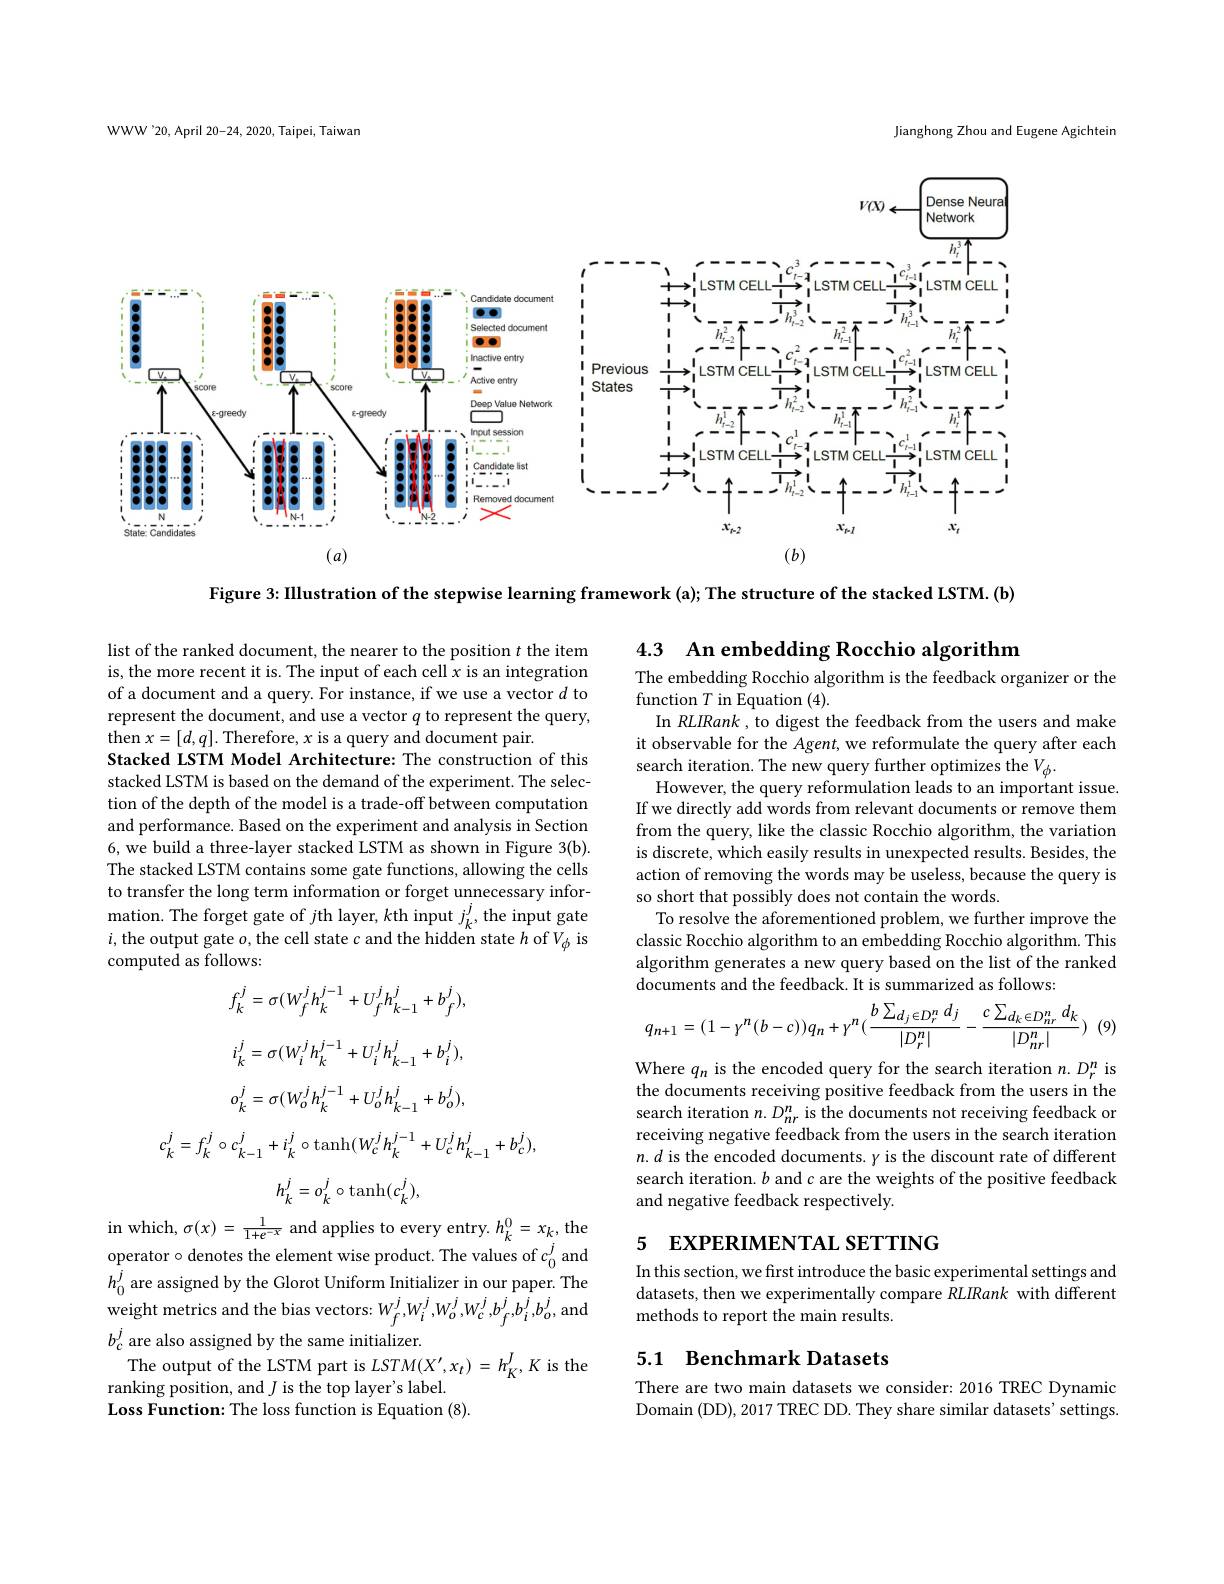
WWW'20, April 20-24, 2020, Taipei, Taiwan

Jianghong Zhou and Eugene Agichteir

Dense Neura

$v( x)$ .

Network

<FigureHere>

Figure 3: IIlustration of the stepwise learning framework (a); The structure of the stacked LSTM. (b)

4.3 An embedding Rocchio algorithm

The embedding Rocchio algorithm is the feedback organizer or the
function $T$ in Equation (4).
In RLIRank , to digest the feedback from the users and make

list of the ranked document, the nearer to the position $t$ the item is, the more recent it is. The input of each cell $x$ is an integration of a document and a query. For instance, if we use a vector $d$ to represent the document, and use a vector $q$ to represent the query, then $x=[d,q].$ Therefore, $x$ is a query and document pair.
Stacked LSTM Model Architecture: The construction of this stacked LSTM is based on the demand of the experiment. The selection of the depth of the model is a trade-off between computation and performance. Based on the experiment and analysis in Section 6, we build a three-layer stacked LSTM as shown in Figure 3(b). The stacked LSTM contains some gate functions, allowing the cells to transfer the long term information or forget unnecessary information. The forget gate of $j$th layer, $k$th input $j_k^j$,the input gate $i$,the output gate $o$,the cell state $c$ and the hidden state $h$ of $V_\phi$ is computed as follows:

it observable for the Agent, we reformulate the query after each
search iteration. The new query further optimizes the $V_\phi.$
However, the query reformulation leads to an important issue. If we directly add words from relevant documents or remove them from the query, like the classic Rocchio algorithm, the variation is discrete, which easily results in unexpected results. Besides, the action of removing the words may be useless, because the query is so short that possibly does not contain the words.
To resolve the aforementioned problem, we further improve the classic Rocchio algorithm to an embedding Rocchio algorithm. This algorithm generates a new query based on the list of the ranked documents and the feedback. It is summarized as follows:
$$q_{n+1}=(1-\gamma^{n}(b-c))q_{n}+\gamma^{n}(\frac{b\sum_{d_{j}\in D_{r}^{n}}d_{j}}{|D_{r}^{n}|}-\frac{c\sum_{d_{k}\in D_{nr}^{n}}d_{k}}{|D_{nr}^{n}|})$$
) (9)
$$f_{k}^{j}=\sigma(W_{f}^{j}h_{k}^{j-1}+U_{f}^{j}h_{k-1}^{j}+b_{f}^{j}),$$
$$o_{k}^{j}=\sigma(W_{o}^{j}h_{k}^{j-1}+U_{o}^{j}h_{k-1}^{j}+b_{o}^{j})$$
$$c_{k}^{j}=f_{k}^{j}\circ c_{k-1}^{j}+i_{k}^{j}\circ\mathrm{tanh}(W_{c}^{j}h_{k}^{j-1}+U_{c}^{j}h_{k-1}^{j}+b_{c}^{j}),$$
$$h_{k}^{j}=o_{k}^{j}\circ\mathrm{tanh}(c_{k}^{j}),$$
Where $q_n$ is the encoded query for the search iteration $n.D_r^n$ is the documents receiving positive feedback from the users in the search iteration $n.D_nr^n$ is the documents not receiving feedback or receiving negative feedback from the users in the search iteration $n.d$ is the encoded documents. $y$ is the discount rate of different search iteration. $b$ and c are the weights of the positive feedback and negative feedback respectively

# 5 EXPERIMENTAL SETTING

In this section, we first introduce the basic experimental settings and datasets, then we experimentally compare RLIRank with different methods to report the main results.

in which, $\sigma(x)=\frac1{1+e^{-x}}$ and applies to every entry. $h_k^0=x_k$, the operator $\circ$ denotes the element wise product. The values of $c_0^j$ and $h_0^j$ are assigned by the Glorot Uniform Initializer in our paper. The weight metrics and the bias vectors: $W_f^j,W_i^j,W_o^j,W_c^j,b_f^j,b_i^j,b_o^j$, and $b_c^j$ are also assigned by the same initializer.
The output of the LSTM part is $LSTM(X^{\prime},x_{t})=h_K^J,K$ is the
ranking position, and $J$ is the top layer's label
Loss Function: The loss function is Equation (8).

## 5.1 Benchmark Datasets

There are two main datasets we consider: 2016 TREC Dynamic Domain (DD), 2017 TREC DD. They share similar datasets' settings